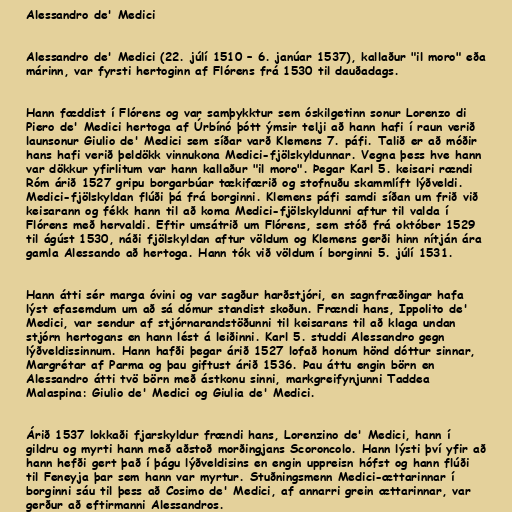
Alessandro de' Medici

Alessandro de' Medici (22. júlí 1510 – 6. janúar 1537), kallaður "il moro" eða
márinn, var fyrsti hertoginn af Flórens frá 1530 til dauðadags.

Hann fæddist í Flórens og var samþykktur sem óskilgetinn sonur Lorenzo di
Piero de' Medici hertoga af Úrbínó þótt ýmsir telji að hann hafi í raun verið
launsonur Giulio de' Medici sem síðar varð Klemens 7. páfi. Talið er að móðir
hans hafi verið þeldökk vinnukona Medici-fjölskyldunnar. Vegna þess hve hann
var dökkur yfirlitum var hann kallaður "il moro". Þegar Karl 5. keisari rændi
Róm árið 1527 gripu borgarbúar tækifærið og stofnuðu skammlíft lýðveldi.
Medici-fjölskyldan flúði þá frá borginni. Klemens páfi samdi síðan um frið við
keisarann og fékk hann til að koma Medici-fjölskyldunni aftur til valda í
Flórens með hervaldi. Eftir umsátrið um Flórens, sem stóð frá október 1529
til ágúst 1530, náði fjölskyldan aftur völdum og Klemens gerði hinn nítján ára
gamla Alessando að hertoga. Hann tók við völdum í borginni 5. júlí 1531.

Hann átti sér marga óvini og var sagður harðstjóri, en sagnfræðingar hafa
lýst efasemdum um að sá dómur standist skoðun. Frændi hans, Ippolito de'
Medici, var sendur af stjórnarandstöðunni til keisarans til að klaga undan
stjórn hertogans en hann lést á leiðinni. Karl 5. studdi Alessandro gegn
lýðveldissinnum. Hann hafði þegar árið 1527 lofað honum hönd dóttur sinnar,
Margrétar af Parma og þau giftust árið 1536. Þau áttu engin börn en
Alessandro átti tvö börn með ástkonu sinni, markgreifynjunni Taddea
Malaspina: Giulio de' Medici og Giulia de' Medici.

Árið 1537 lokkaði fjarskyldur frændi hans, Lorenzino de' Medici, hann í
gildru og myrti hann með aðstoð morðingjans Scoroncolo. Hann lýsti því yfir að
hann hefði gert það í þágu lýðveldisins en engin uppreisn hófst og hann flúði
til Feneyja þar sem hann var myrtur. Stuðningsmenn Medici-ættarinnar í
borginni sáu til þess að Cosimo de' Medici, af annarri grein ættarinnar, var
gerður að eftirmanni Alessandros.